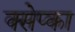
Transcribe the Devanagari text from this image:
क्सेप्का